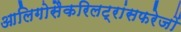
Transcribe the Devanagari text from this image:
आलिगोसैकरिलट्रांसफरेजों